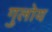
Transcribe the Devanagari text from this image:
गुलोय